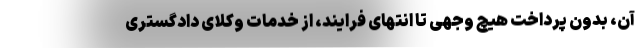
آن، بدون پرداخت هیچ وجهی تا انتهای فرایند، از خدمات وکلای دادگستری